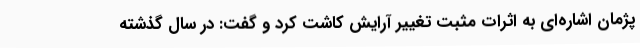
پژمان اشاره‌ای به اثرات مثبت تغییر آرایش کاشت کرد و گفت: در سال گذشته